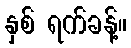
နှစ် ရက်ခန့်။